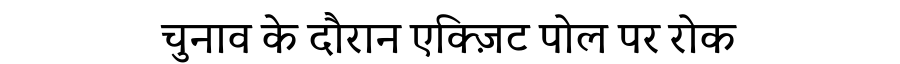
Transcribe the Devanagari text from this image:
चुनाव के दौरान एक्ज़िट पोल पर रोक